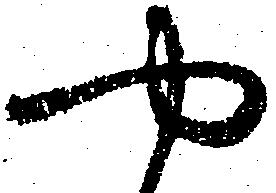
や